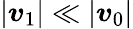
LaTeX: |\boldsymbol{v}_{1}|\ll|\boldsymbol{v}_{0}|